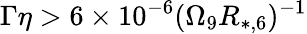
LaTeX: \Gamma\eta>6\times 10^{-6}(\Omega_{9}R_{*,6})^{-1}